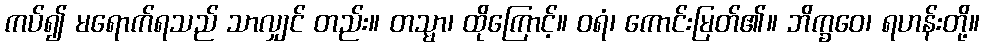
ကပ်၍ မရောက်ရသည် သာလျှင် တည်း။ တသ္မာ၊ ထိုကြောင့်။ ဝရံ၊ ကောင်းမြတ်၏။ ဘိက္ခဝေ၊ ရဟန်းတို့။